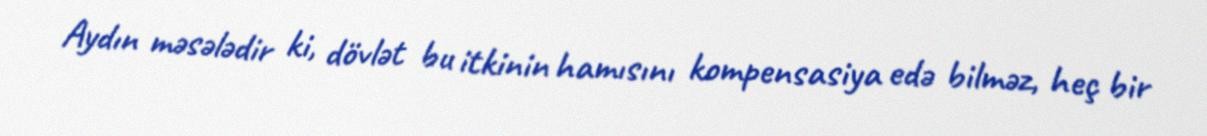
Aydın məsələdir ki, dövlət bu itkinin hamısını kompensasiya edə bilməz, heç bir